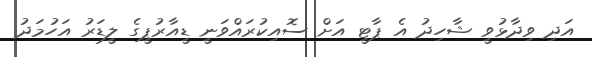
އަދި ވިދާޅުވީ ޝާހިދު އެ ޕާޓީ އަށް ސޮއިކުރައްވަނީ ޑީއާރުޕީގެ ލީޑަރު އަހުމަދު